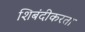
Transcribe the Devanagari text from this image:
शिबंदीकरता